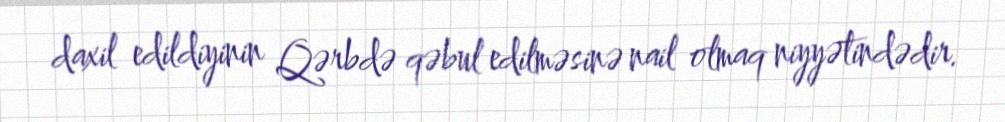
daxil edildiyinin Qərbdə qəbul edilməsinə nail olmaq niyyətindədir.